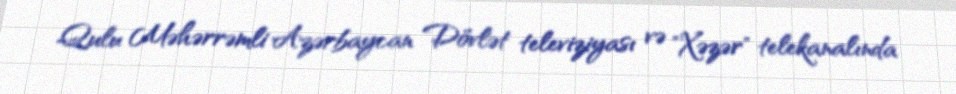
Qulu Məhərrəmli Azərbaycan Dövlət televiziyası və "Xəzər" telekanalında